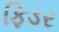
ફિડર